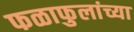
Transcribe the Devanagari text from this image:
फळाफुलांच्या